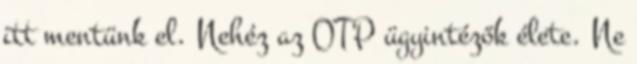
itt mentünk el. Nehéz az OTP ügyintézők élete. Ne